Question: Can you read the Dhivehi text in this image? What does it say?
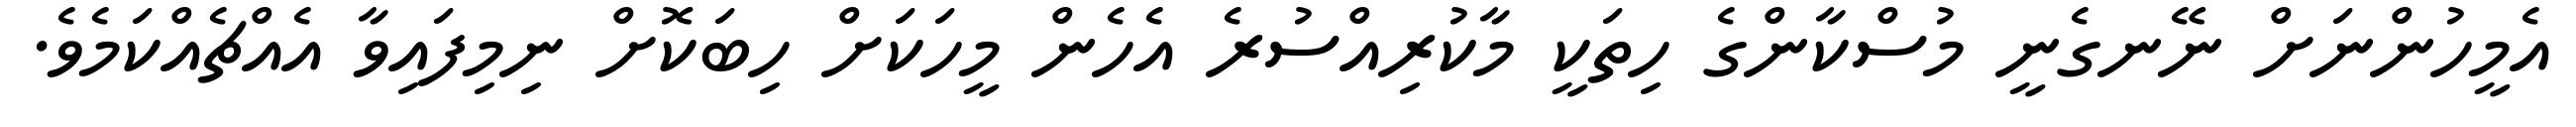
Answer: އެމީހުންނަށް ނޭނގެނީ މުސްކާންގެ ހިތަކީ މާކުރިއްސުރެ އެހެން މީހަކަށް ހިބަކޮށް ނިމިފައިވާ އެއްޗެއްކަމެވެ.